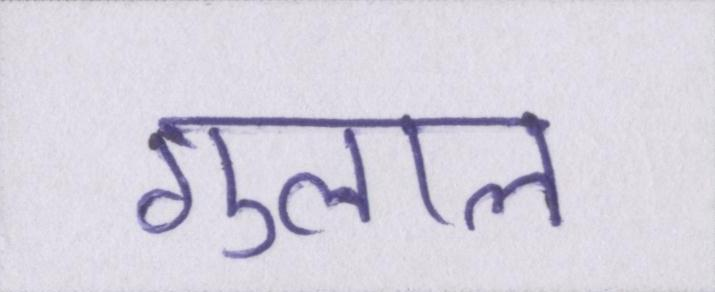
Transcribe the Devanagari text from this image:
गुलाल